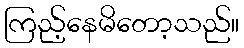
ကြည့်နေမိတော့သည်။